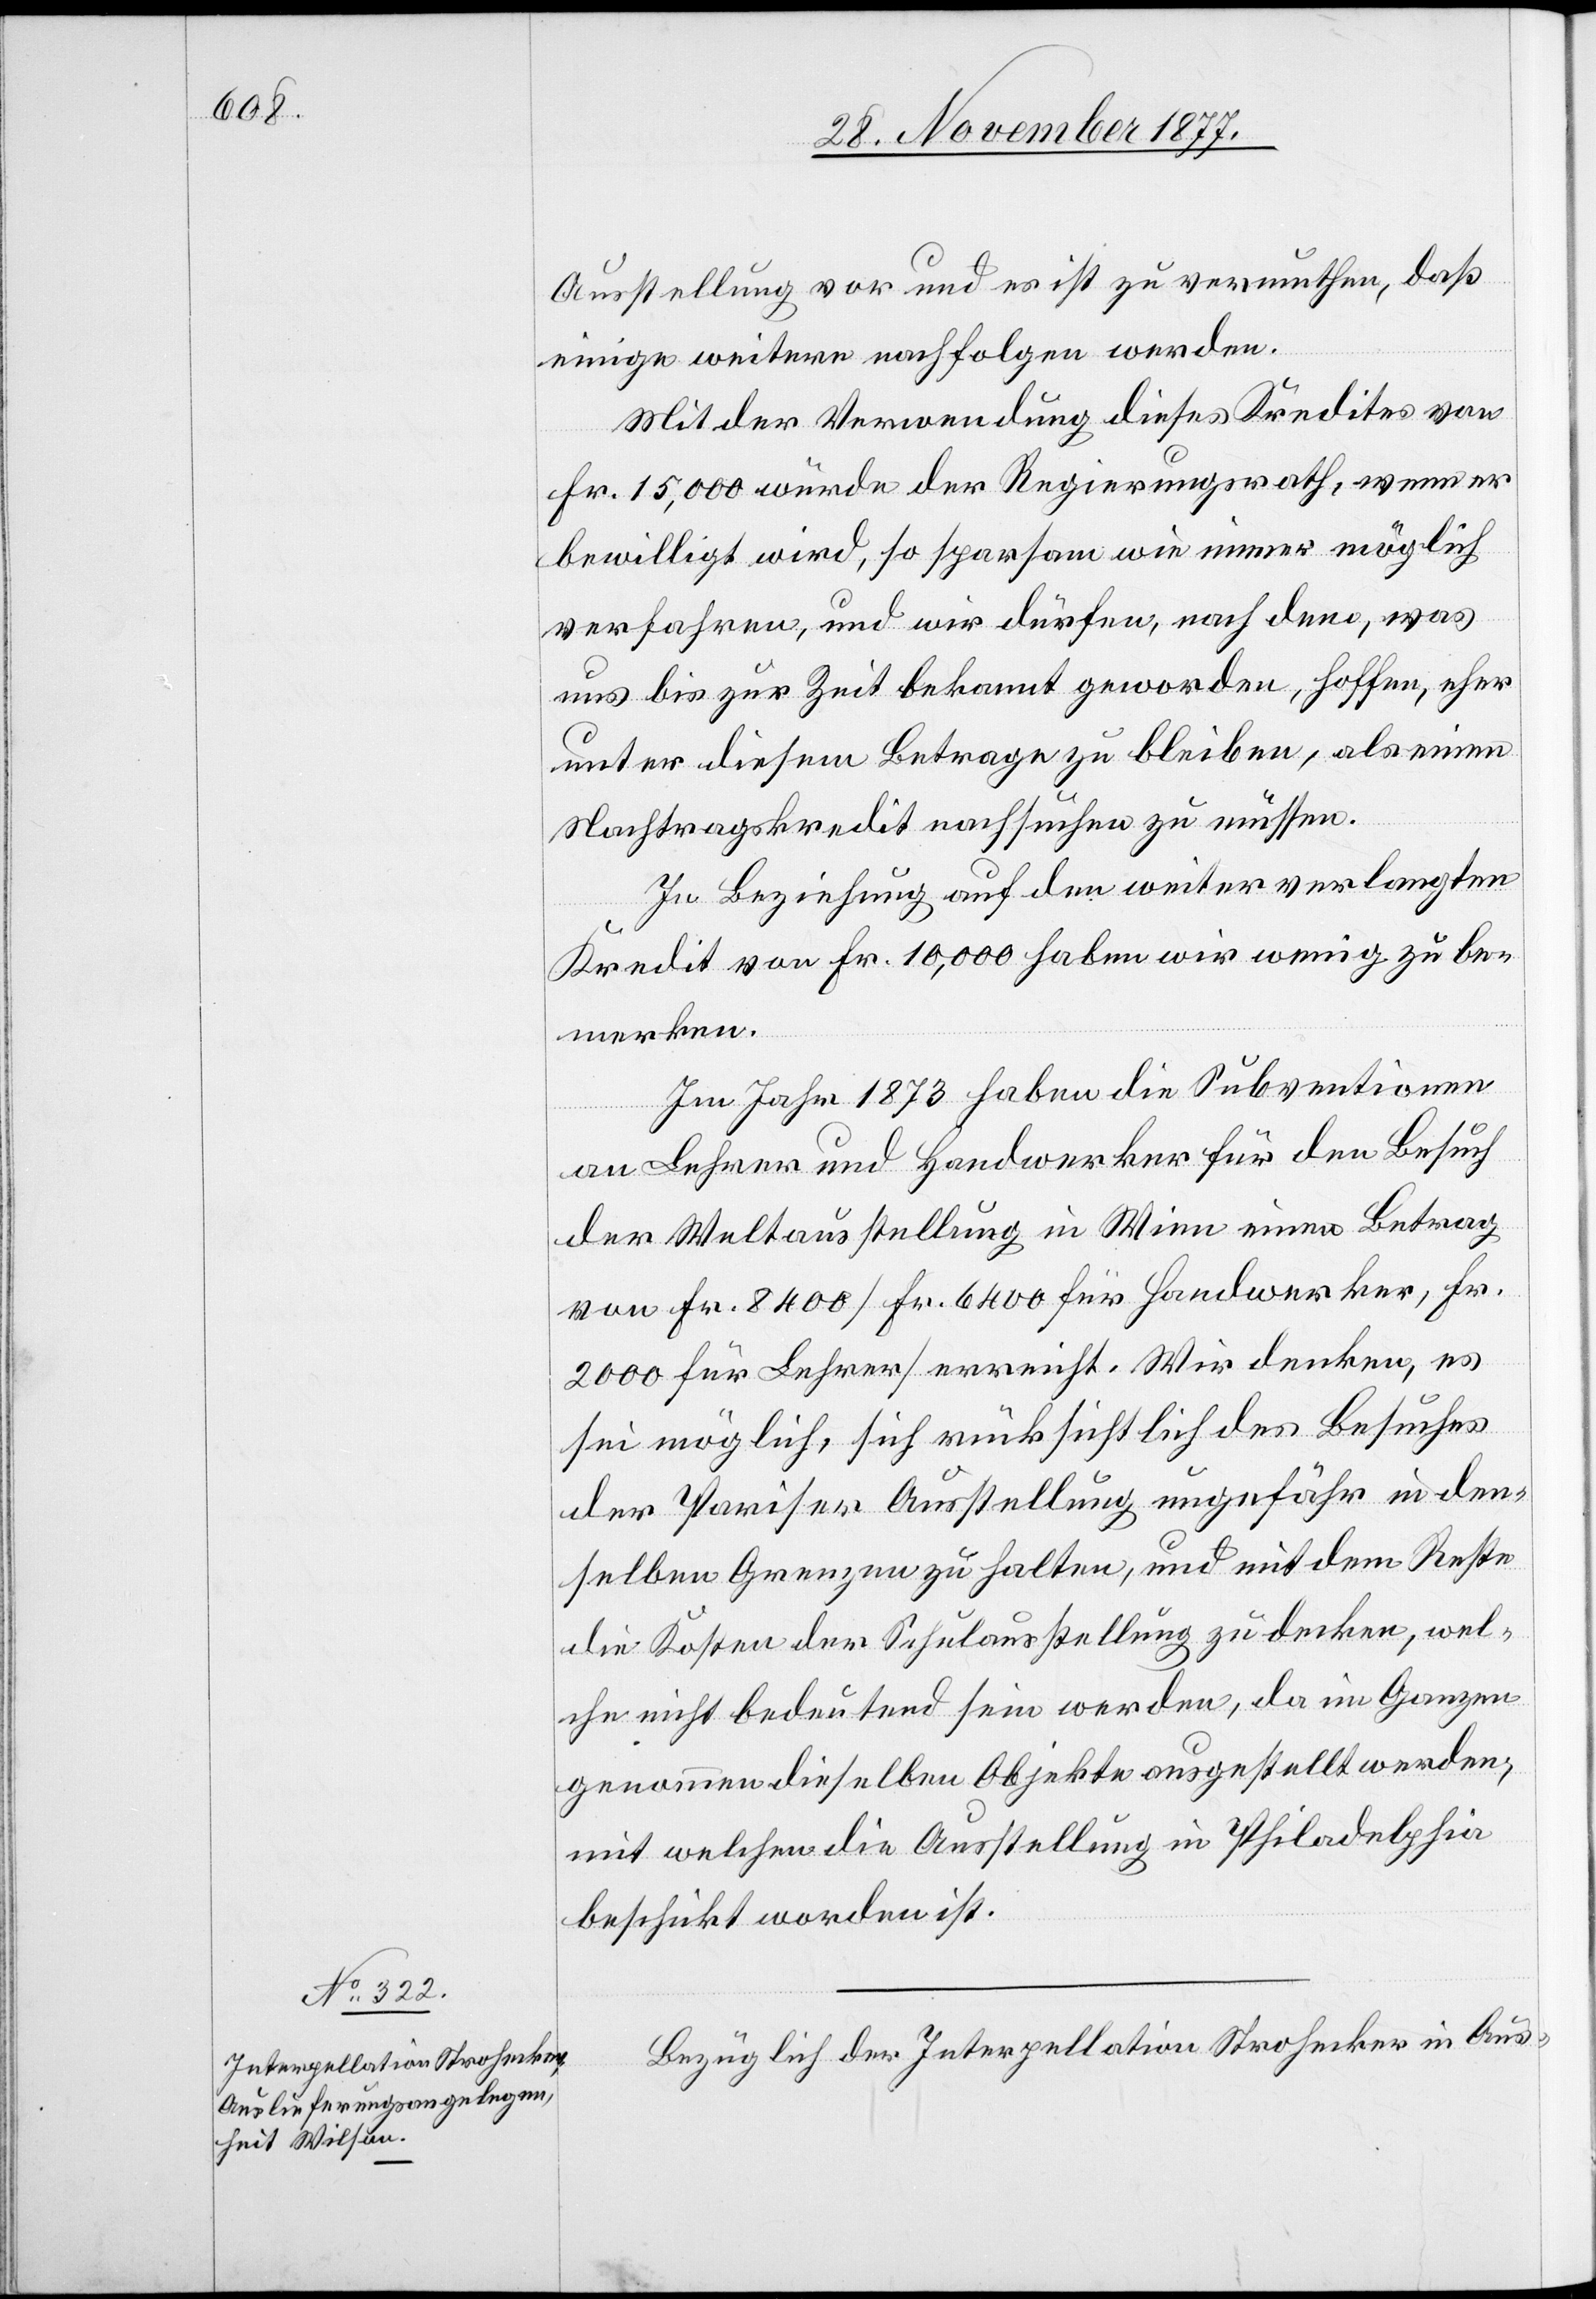
Ausstellung vor und es ist zu vermuthen, daß
einige weitere nachfolgen werden.
Mit der Verwendung dieses Kredites von
Fr. 15,000 würde der Regierungsrath, wenn er
bewilligt wird, so sparsam wie immer möglich
verfahren, und wir dürfen, nach dem, was
uns bis zur Zeit bekannt geworden, hoffen, eher
unter diesem Betrage zu bleiben, als einen
Nachtragskredit nachsuchen zu müssen.
In Beziehung auf den weiter verlangten
Kredit von Fr. 10,000 haben wir wenig zu be¬
merken.
Im Jahr 1873 haben die Subventionen
an Lehrer und Handwerker für den Besuch
der Weltausstellung in Wien einen Betrag
von Fr. 8400 [Fr. 6400 für Handwerker, Fr.
2000 für Lehrer] erreicht. Wir denken, es
sei möglich, sich rücksichtlich des Besuches
der Pariser Ausstellung ungefähr in den¬
selben Grenzen zu halten, und mit dem Reste
die Kosten der Schulausstellung zu decken, wel¬
che nicht bedeutend sein werden, da im Ganzen
genommen dieselben Objekte ausgestellt werden,
mit welchen die Ausstellung in Philadelphia
beschickt worden ist.
Bezüglich der Interpellation Strohecker in Aus-